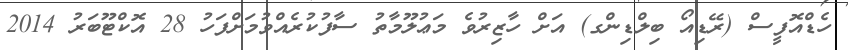
ހެޑްއޮފީސް (ރޭޑިއޯ ބިލްޑިންގ) އަށް ހާޒިރުވެ މަޢުލޫމާތު ސާފުކުރެއްވުމަށްފަހު 28 އޮކްޓޫބަރު 2014